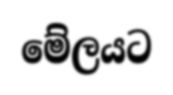
මේලයට